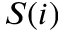
S ( i )